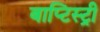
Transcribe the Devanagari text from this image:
बाप्टिस्ट्री